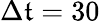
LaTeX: \Delta\mathfrak{t}=30